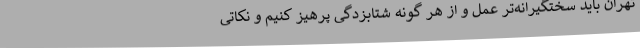
تهران باید سختگیرانه‌تر عمل و از هر گونه شتابزدگی پرهیز کنیم و نکاتی